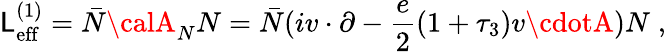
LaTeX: {\cal\mathsf{L}}_{\mathrm{{eff}}}^{(1)}=\bar{{N}}{\calA}_{N}N=\bar{{N}}(iv\cdot\partial-{\frac{{e}}{{2}}}(1+\tau_{3})v\cdotA)N\; ,